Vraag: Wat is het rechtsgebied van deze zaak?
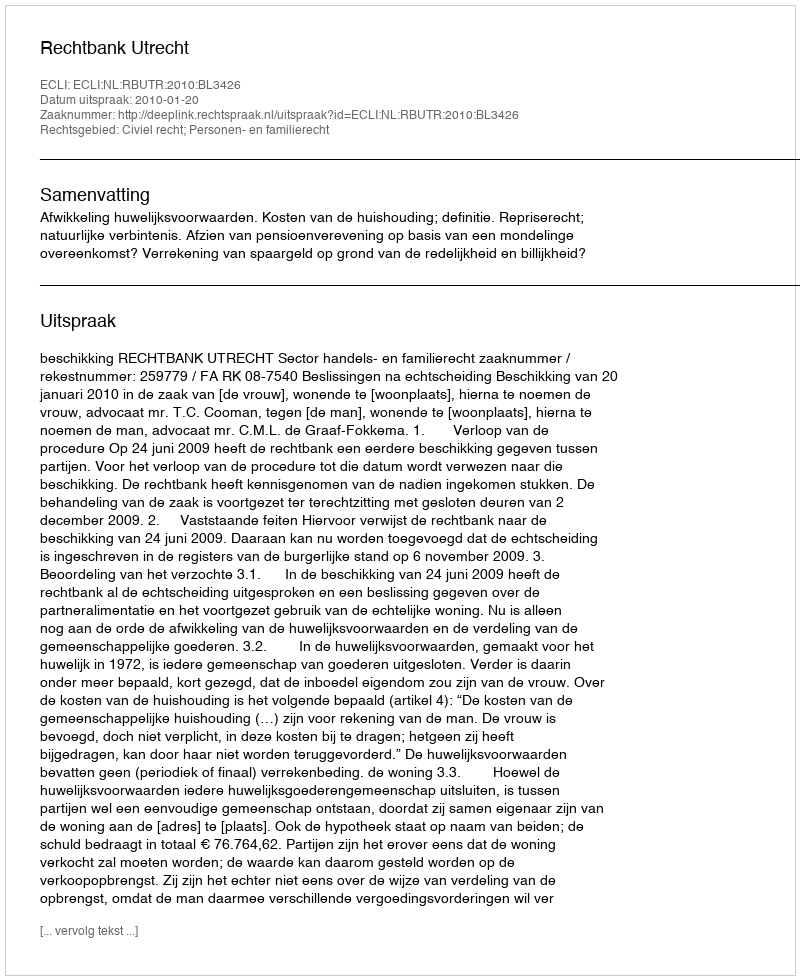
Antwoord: Civiel recht; Personen- en familierecht